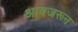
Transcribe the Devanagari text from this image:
आवजरून